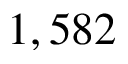
1 , 5 8 2